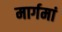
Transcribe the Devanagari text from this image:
मार्गमां